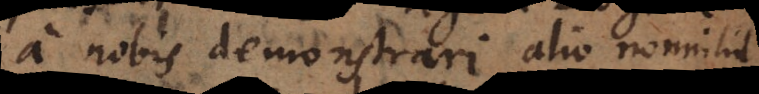
a nobis demonstrari alio nonnihil